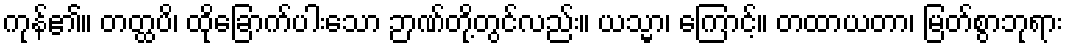
ကုန်၏။ တတ္ထပိ၊ ထိုခြောက်ပါးသော ဉာဏ်တို့တွင်လည်း။ ယသ္မာ၊ ကြောင့်။ တထာယတာ၊ မြတ်စွာဘုရား